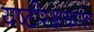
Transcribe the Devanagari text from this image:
यष्टीरक्षकांत